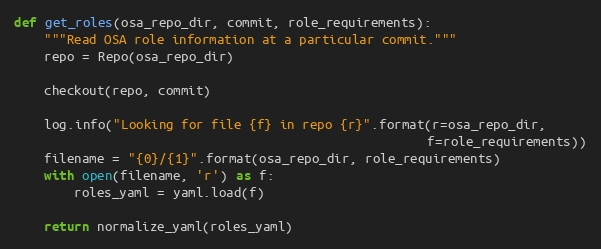
Language: Python
def get_roles(osa_repo_dir, commit, role_requirements):
    """Read OSA role information at a particular commit."""
    repo = Repo(osa_repo_dir)

    checkout(repo, commit)

    log.info("Looking for file {f} in repo {r}".format(r=osa_repo_dir,
                                                       f=role_requirements))
    filename = "{0}/{1}".format(osa_repo_dir, role_requirements)
    with open(filename, 'r') as f:
        roles_yaml = yaml.load(f)

    return normalize_yaml(roles_yaml)